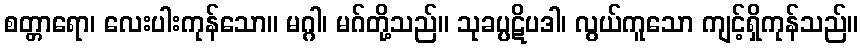
စတ္တာရော၊ လေးပါးကုန်သော။ မဂ္ဂါ၊ မဂ်တို့သည်။ သုခပ္ပဋိပဒါ၊ လွယ်ကူသော ကျင့်ရှိကုန်သည်။